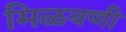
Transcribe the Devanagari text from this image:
मिळवणी